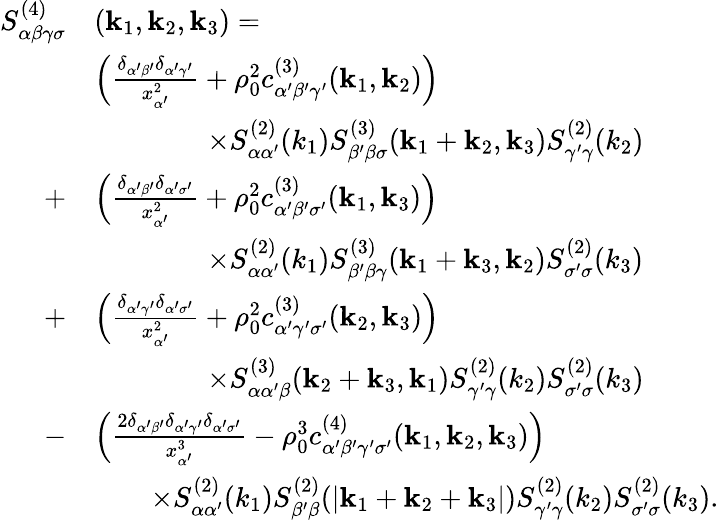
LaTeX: \begin{array}{rl}{S_{\alpha\beta\gamma\sigma}^{(4)}}&{(\mathbf{k}_{1},\mathbf{k}_{2},\mathbf{k}_{3})=}\\ &{\left(\frac{\delta_{\alpha^{\prime}\beta^{\prime}}\delta_{\alpha^{\prime}\gamma^{\prime}}}{x_{\alpha^{\prime}}^{2}}+\rho_{0}^{2}c_{\alpha^{\prime}\beta^{\prime}\gamma^{\prime}}^{(3)}(\mathbf{k}_{1},\mathbf{k}_{2})\right)}\\ &{\qquad\qquad\times S_{\alpha\alpha^{\prime}}^{(2)}(k_{1})S_{\beta^{\prime}\beta\sigma}^{(3)}(\mathbf{k}_{1}+\mathbf{k}_{2},\mathbf{k}_{3})S_{\gamma^{\prime}\gamma}^{(2)}(k_{2})}\\ {+}&{\left(\frac{\delta_{\alpha^{\prime}\beta^{\prime}}\delta_{\alpha^{\prime}\sigma^{\prime}}}{x_{\alpha^{\prime}}^{2}}+\rho_{0}^{2}c_{\alpha^{\prime}\beta^{\prime}\sigma^{\prime}}^{(3)}(\mathbf{k}_{1},\mathbf{k}_{3})\right)}\\ &{\qquad\qquad\times S_{\alpha\alpha^{\prime}}^{(2)}(k_{1})S_{\beta^{\prime}\beta\gamma}^{(3)}(\mathbf{k}_{1}+\mathbf{k}_{3},\mathbf{k}_{2})S_{\sigma^{\prime}\sigma}^{(2)}(k_{3})}\\ {+}&{\left(\frac{\delta_{\alpha^{\prime}\gamma^{\prime}}\delta_{\alpha^{\prime}\sigma^{\prime}}}{x_{\alpha^{\prime}}^{2}}+\rho_{0}^{2}{c}_{\alpha^{\prime}\gamma^{\prime}\sigma^{\prime}}^{(3)}(\mathbf{k}_{2},\mathbf{k}_{3})\right)}\\ &{\qquad\qquad\times S_{\alpha\alpha^{\prime}\beta}^{(3)}(\mathbf{k}_{2}+\mathbf{k}_{3},\mathbf{k}_{1})S_{\gamma^{\prime}\gamma}^{(2)}(k_{2})S_{\sigma^{\prime}\sigma}^{(2)}(k_{3})}\\ {-}&{\left(\frac{2\delta_{\alpha^{\prime}\beta^{\prime}}\delta_{\alpha^{\prime}\gamma^{\prime}}\delta_{\alpha^{\prime}\sigma^{\prime}}}{x_{\alpha^{\prime}}^{3}}-\rho_{0}^{3}{c}_{\alpha^{\prime}\beta^{\prime}\gamma^{\prime}\sigma^{\prime}}^{(4)}(\mathbf{k}_{1},\mathbf{k}_{2},\mathbf{k}_{3})\right)}\\ &{\qquad\times S_{\alpha\alpha^{\prime}}^{(2)}(k_{1})S_{\beta^{\prime}\beta}^{(2)}(|\mathbf{k}_{1}+\mathbf{k}_{2}+\mathbf{k}_{3}|)S_{\gamma^{\prime}\gamma}^{(2)}(k_{2})S_{\sigma^{\prime}\sigma}^{(2)}(k_{3}).}\end{array}